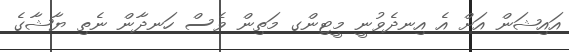
އައިޝަން އަށް އެ އިނދެވުނީ މީޓިންގ މަތިން ވެސް ހަނދާން ނެތި ޔާޝާގެ